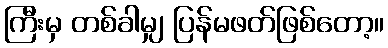
ကြီးမှ တစ်ခါမျှ ပြန်မဖတ်ဖြစ်တော့။